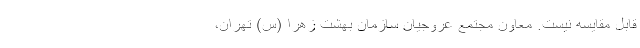
قابل مقایسه نیست. معاون مجتمع عروجیان سازمان بهشت زهرا (س) تهران،